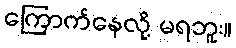
ကြောက်နေလို့ မရဘူး။